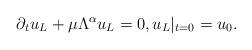
LaTeX: \begin{align*} \partial_t u_L +\mu\Lambda^\alpha u_L=0, u_L|_{t=0} = u_0.\end{align*}